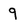
Character: 9